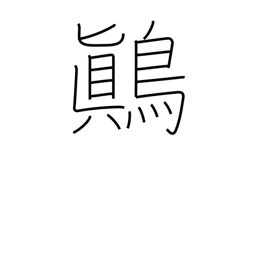
Meaning: yellow-white mottled songbird